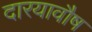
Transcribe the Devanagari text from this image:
दारयावौष